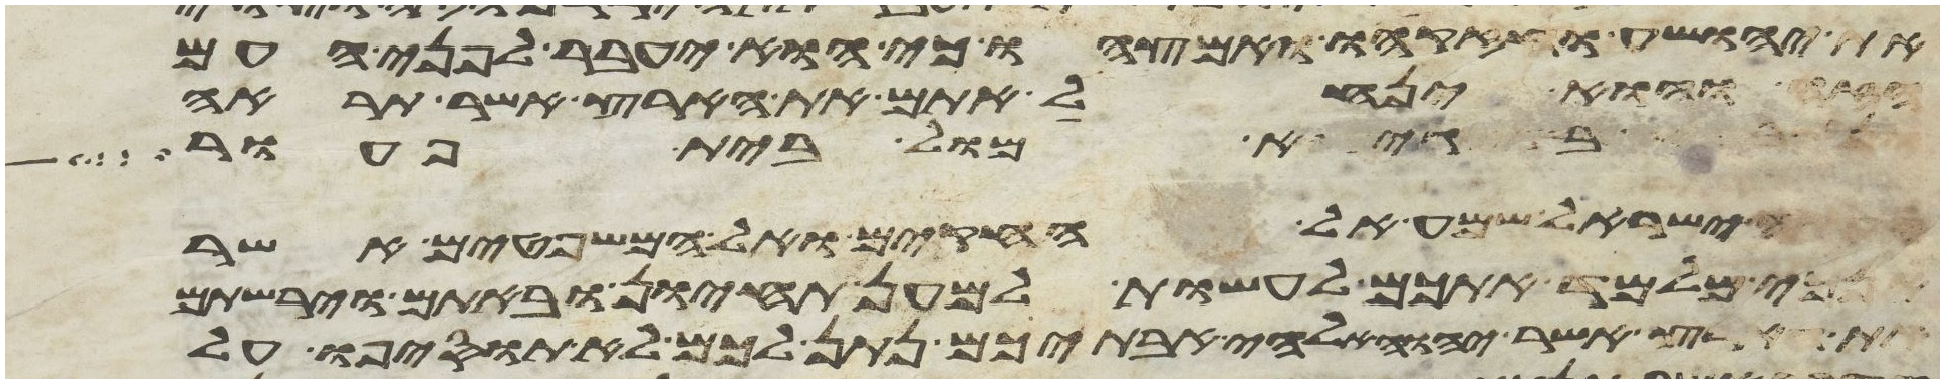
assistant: את יהושע וחזקהו ואמצהו כי הוא יעבר לפני העם
הזה והוא ינחל אתם את הארץ אשר תראה
בגיא מול בית פעור
ישראל שמע אל החקים ואל המשפטים אשר
אנכי מלמד אתכם לעשות למען תחיון ובאתם וירשתם
הארץ אשר יהוה אלהי אבתיכם נתן לכם לא תוסיפו על